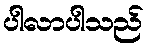
ပါလာပါသည်